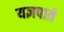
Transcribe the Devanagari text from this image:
यज्ञपात्रे